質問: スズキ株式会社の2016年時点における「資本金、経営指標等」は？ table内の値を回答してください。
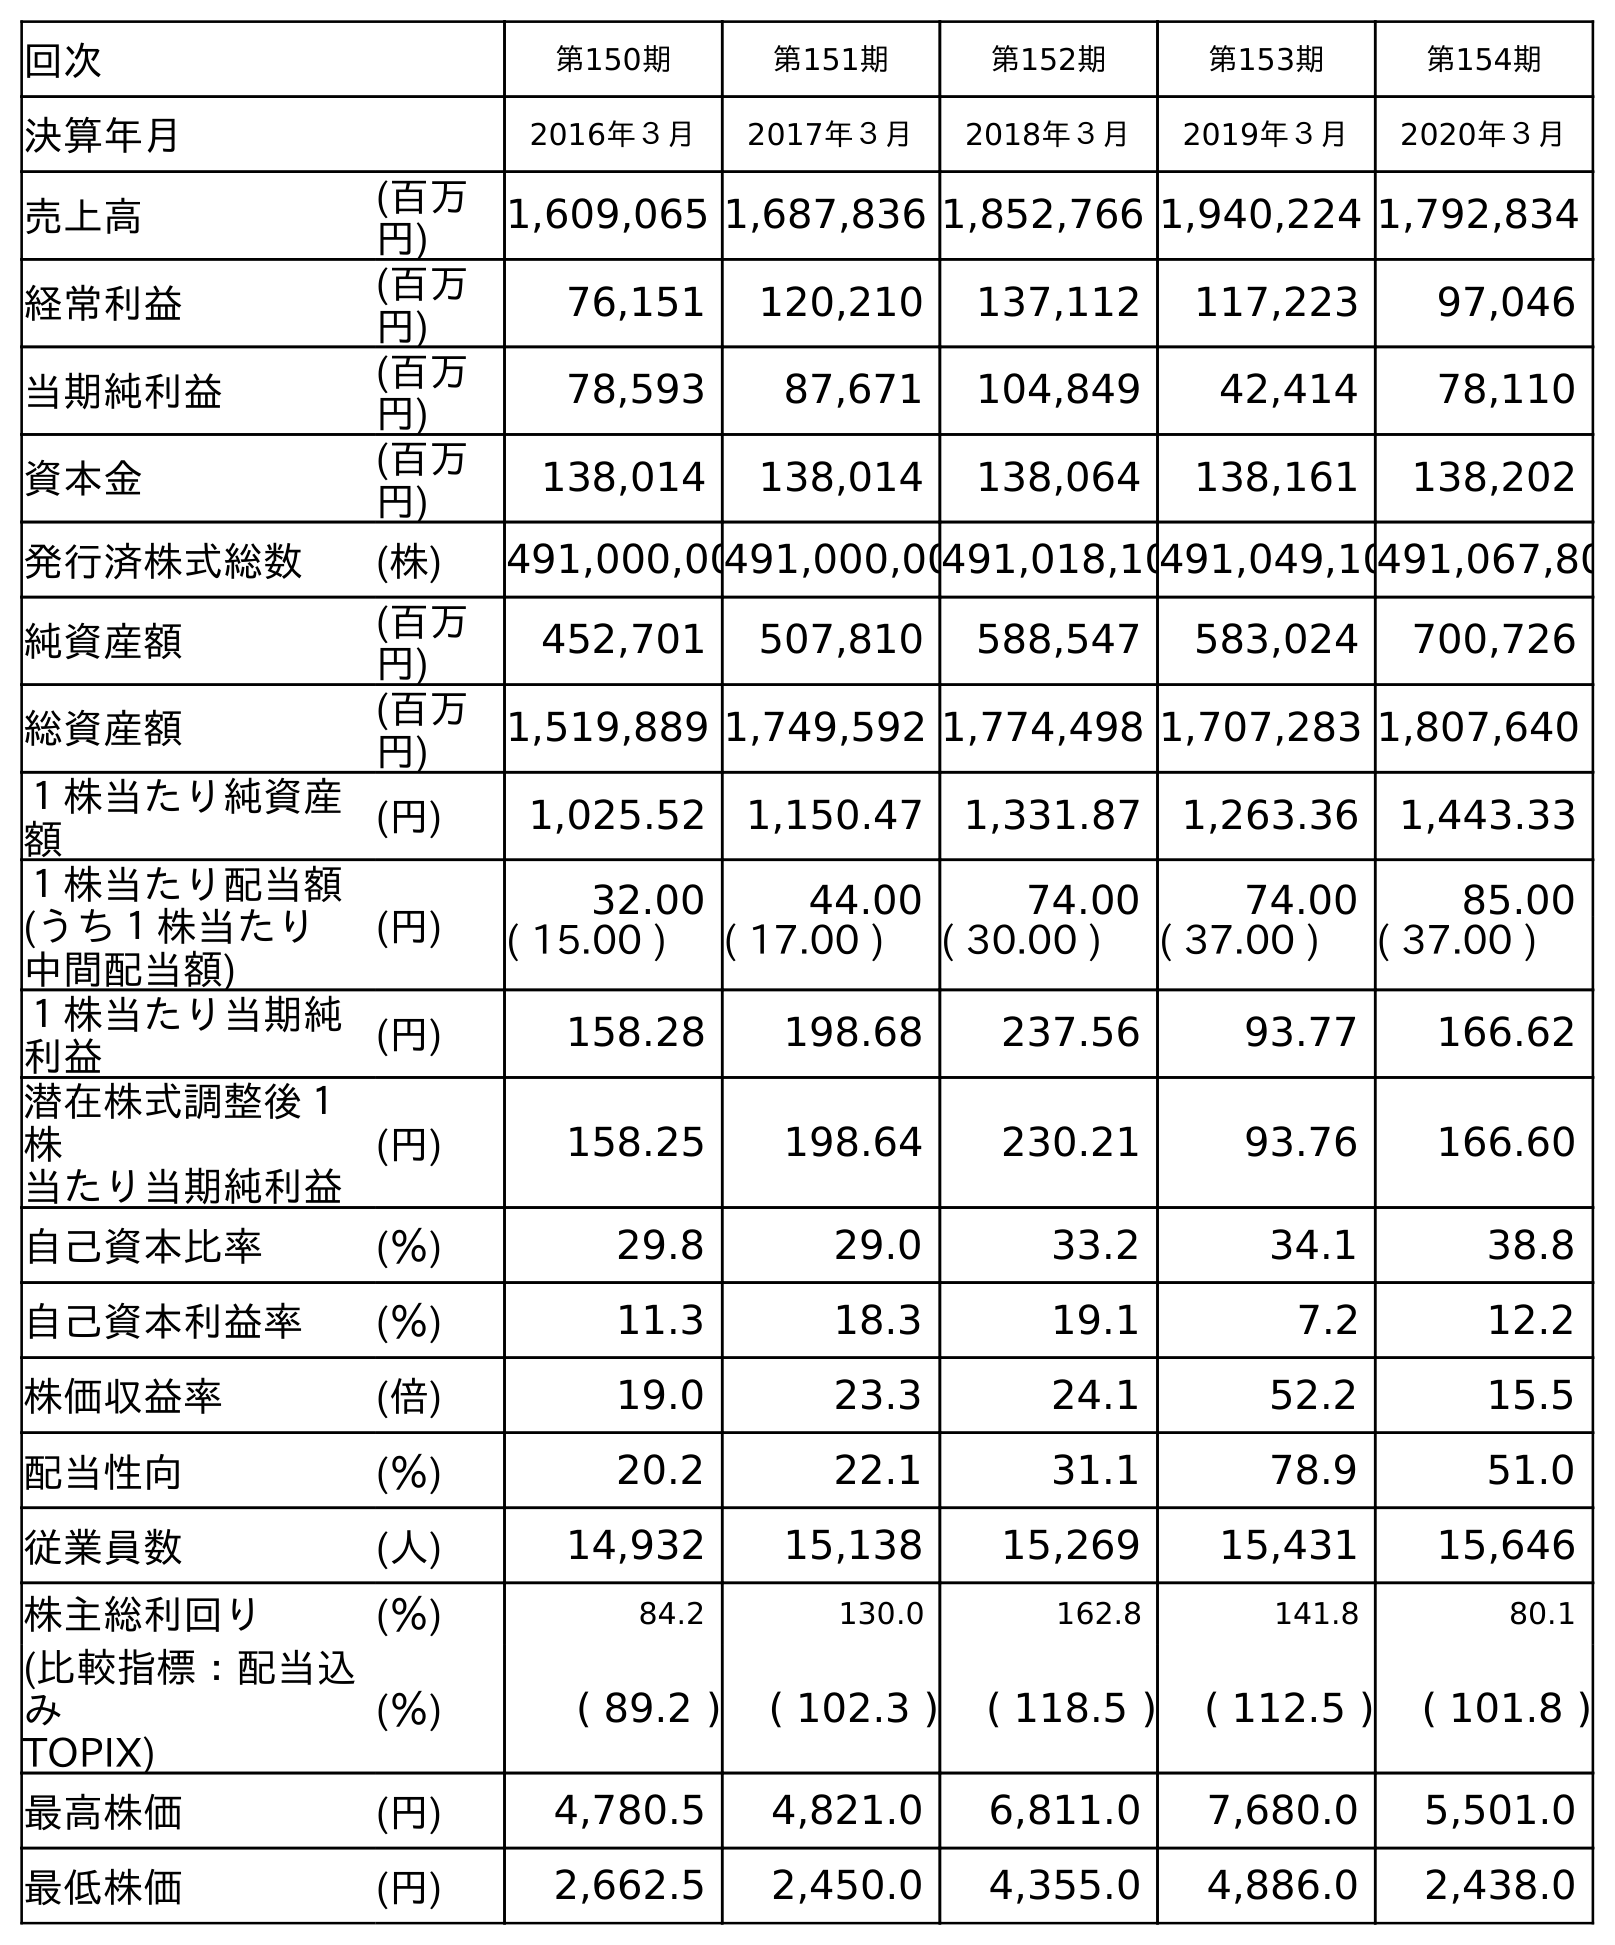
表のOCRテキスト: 回次 第150期 第151期 第152期 第153期 第154期 決算年月 2016年３月 2017年３月 2018年３月 2019年３月 2020年３月 売上高 (百万 円) 1,609,065 1,687,836 1,852,766 1,940,224 1,792,834 経常利益 (百万 円) 76,151 120,210 137,112 117,223 97,046 当期純利益 (百万 円) 78,593 87,671 104,849 42,414 78,110 資本金 (百万 円) 138,014 138,014 138,064 138,161 138,202 発行済株式総数 (株) 491,000,00491,000,00491,018,10491,049,10491,067,80 純資産額 (百万 円) 452,701 507,810 588,547 583,024 700,726 総資産額 (百万 円) 1,519,889 1,749,592 1,774,498 1,707,283 1,807,640 １株当たり純資産 額 (円) 1,025.52 1,150.47 1,331.87 1,263.36 1,443.33 １株当たり配当額 (うち１株当たり 中間配当額) (円) 32.00 44.00 74.00 74.00 85.00 ( 15.00 ) ( 17.00 ) ( 30.00 ) ( 37.00 ) ( 37.00 ) １株当たり当期純 利益 (円) 158.28 198.68 237.56 93.77 166.62 潜在株式調整後１ 株 当たり当期純利益 (円) 158.25 198.64 230.21 93.76 166.60 自己資本比率 (％) 29.8 29.0 33.2 34.1 38.8 自己資本利益率 (％) 11.3 18.3 19.1 7.2 12.2 株価収益率 (倍) 19.0 23.3 24.1 52.2 15.5 配当性向 (％) 20.2 22.1 31.1 78.9 51.0 従業員数 (人) 14,932 15,138 15,269 15,431 15,646 株主総利回り (％) 84.2 130.0 162.8 141.8 80.1 (比較指標：配当込 み TOPIX) (％) ( 89.2 ) ( 102.3 ) ( 118.5 ) ( 112.5 ) ( 101.8 ) 最高株価 (円) 4,780.5 4,821.0 6,811.0 7,680.0 5,501.0 最低株価 (円) 2,662.5 2,450.0 4,355.0 4,886.0 2,438.0
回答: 138,014